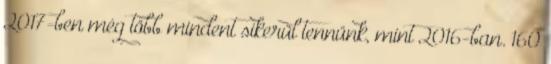
2017-ben még több mindent sikerül tennünk, mint 2016-ban. 160